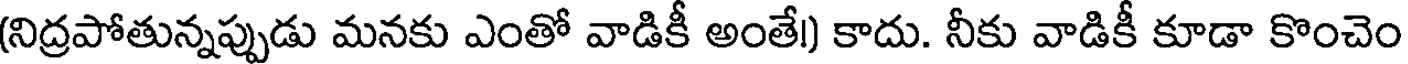
(నిద్రపోతున్నప్పుడు మనకు ఎంతో వాడికీ అంతే!) కాదు. నీకు వాడికీ కూడా కొంచెం